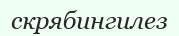
скрябингилез